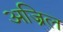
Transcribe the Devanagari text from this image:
अज्रिल